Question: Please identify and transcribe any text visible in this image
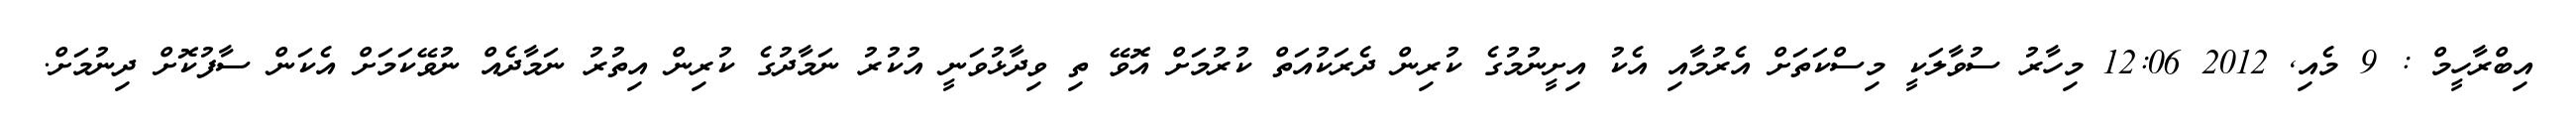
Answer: އިބްރާހީމް : 9 މެއި, 2012 12:06 މިހާރު ސުވާލަކީ މިސްކަތަށް އެރުމާއި އެކު އިށީނުމުގެ ކުރިން ދެރަކުއަތް ކުރުމަށް އޮވޭ ތި ވިދާޅުވަނީ އުކުރު ނަމާދުގެ ކުރިން އިތުރު ނަމާދެއް ނުވޭކަމަށް އެކަން ސާފުކޮށް ދިނުމަށް.